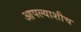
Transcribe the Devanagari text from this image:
आपल्याशीच